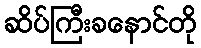
ဆိပ်ကြီးခနောင်တို